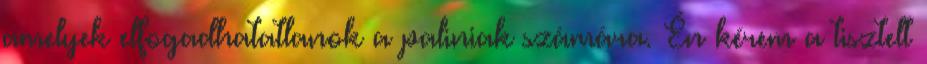
amelyek elfogadhatatlanok a paliniak számára. Én kérem a tisztelt